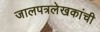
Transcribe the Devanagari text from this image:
जालपत्रलेखकांची